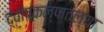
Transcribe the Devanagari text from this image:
द्वीपकल्पातल्या